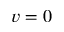
v = 0